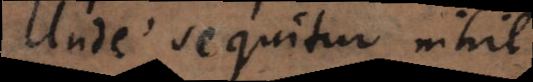
Unde sequitur nihil